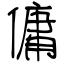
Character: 傭